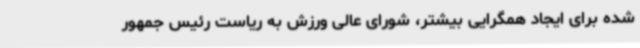
شده برای ایجاد همگرایی بیشتر، شورای عالی ورزش به ریاست رئیس جمهور